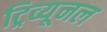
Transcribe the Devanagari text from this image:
ट्रिव्यूनल